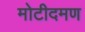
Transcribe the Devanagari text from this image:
मोटीदमण